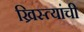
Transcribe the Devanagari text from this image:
ख्रिस्त्यांची